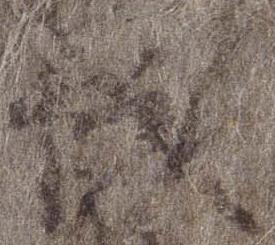
城